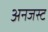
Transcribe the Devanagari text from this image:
अनजस्ट